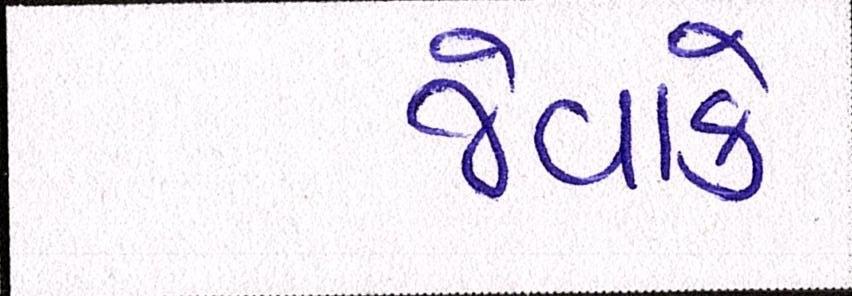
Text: જેવાકે